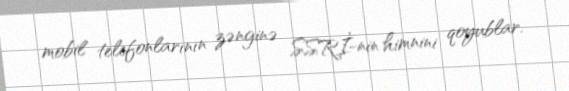
mobil telefonlarının zənginə SSRİ-nin himnini qoyublar.